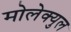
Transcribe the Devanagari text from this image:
मोलेक्युल